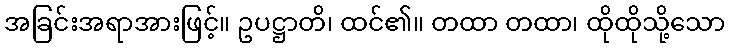
အခြင်းအရာအားဖြင့်။ ဥပဋ္ဌာတိ၊ ထင်၏။ တထာ တထာ၊ ထိုထိုသို့သော